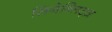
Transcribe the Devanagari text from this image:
सिनेब्लिट्ज़